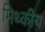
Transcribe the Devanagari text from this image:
मिथ्कीय